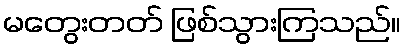
မတွေးတတ် ဖြစ်သွားကြသည်။